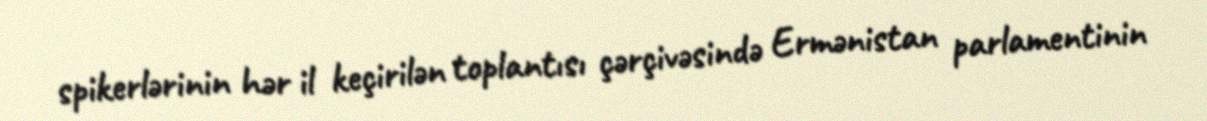
spikerlərinin hər il keçirilən toplantısı çərçivəsində Ermənistan parlamentinin